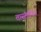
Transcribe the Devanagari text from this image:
तासमानिया